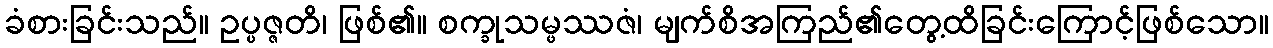
ခံစားခြင်းသည်။ ဥပ္ပဇ္ဇတိ၊ ဖြစ်၏။ စက္ခုသမ္ဖဿဇံ၊ မျက်စိအကြည်၏တွေ့ထိခြင်းကြောင့်ဖြစ်သော။